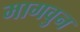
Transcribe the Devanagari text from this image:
मागवुन